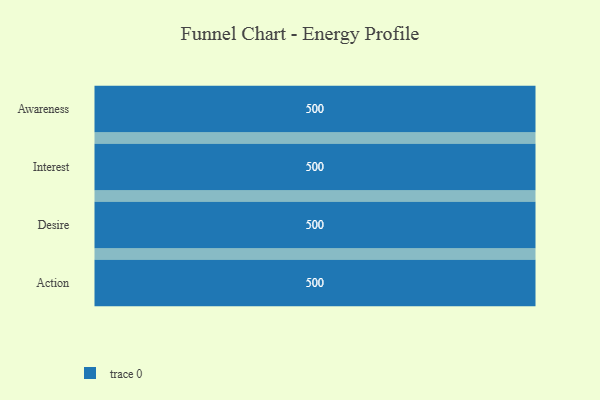
{"axis": {"x": "Stage", "y": "Value"}, "legend": [""], "data": [{"x": "Awareness", "y": 500, "type": ""}, {"x": "Interest", "y": 500, "type": ""}, {"x": "Desire", "y": 500, "type": ""}, {"x": "Action", "y": 500, "type": ""}]}